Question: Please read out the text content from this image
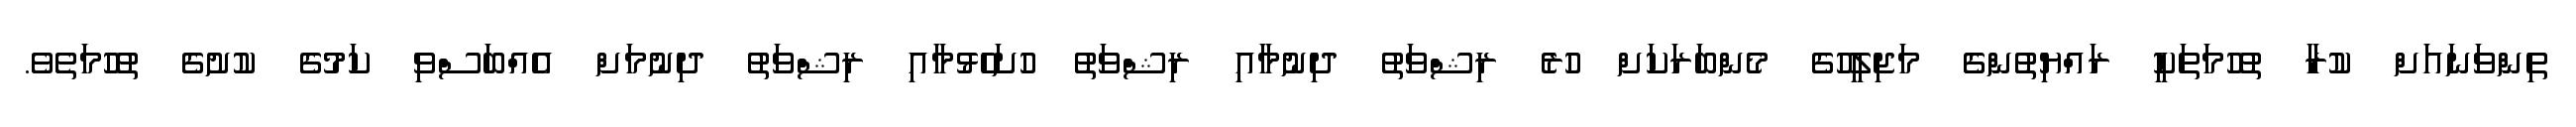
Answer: ތިންވަނައަށް ކުރާ ތުހުމަތަކީ ރައްޔިތުންގެ މަޖިލީހުގެ މެންބަރަކަށް ހުރެ ރިޝްވަތު ދިނުމާއި ރިޝްވަތު ހުށަހެޅުމާއި ރިޝްވަތު ދިނުމަށް އެއްބަސްވި ކަމުގެ ކުށުގެ ތުހުމަތެވެ.